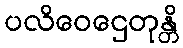
ပလိဝေဌေတုန္တိ